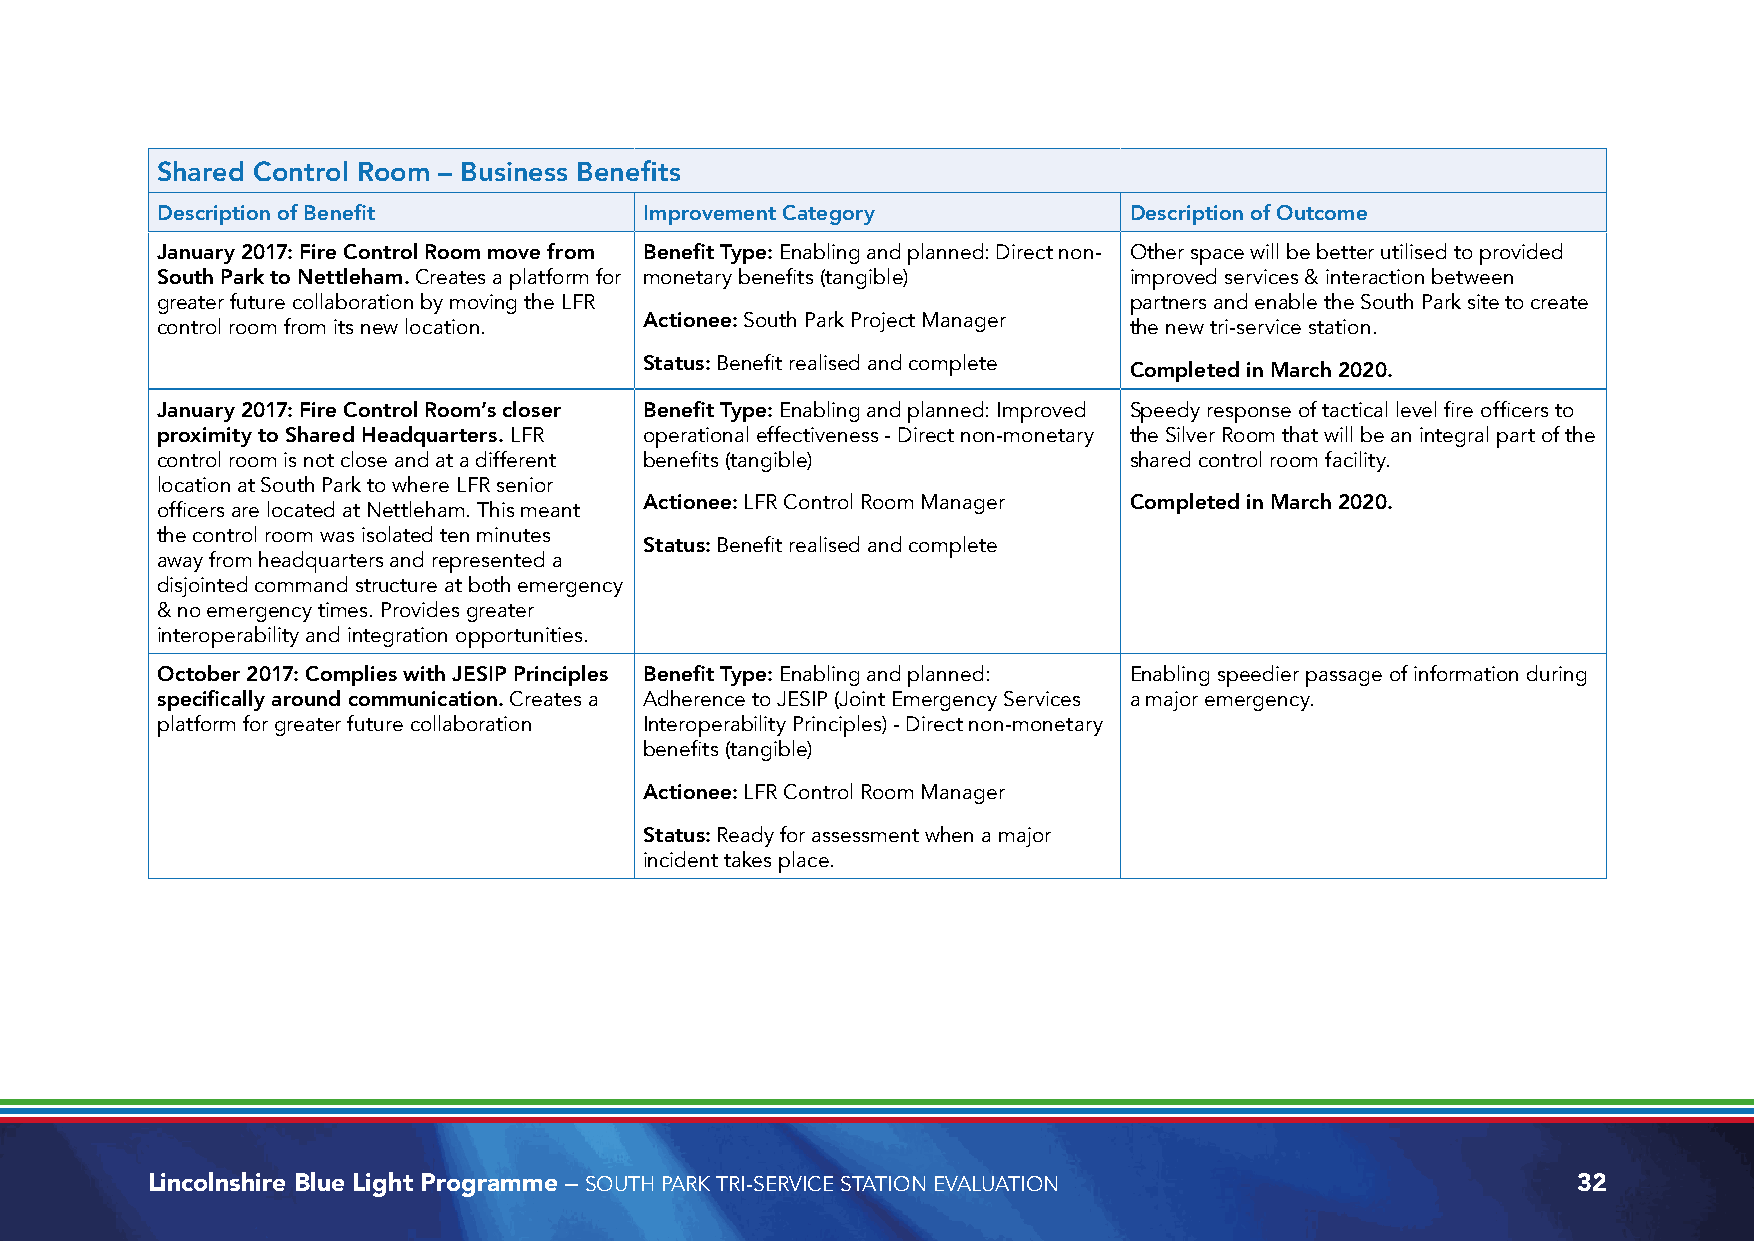
Shared Control Room – Business Benefits
 Description of Benefit           Improvement Category            Description of Outcome
 January 2017: Fire Control Room move from Benefit Type: Enabling and planned: Direct non- Other space will be better utilised to provided
 South Park to Nettleham. Creates a platform for monetary benefits (tangible) improved services & interaction between
 greater future collaboration by moving the LFR                   partners and enable the South Park site to create
 Actionee: South Park Project Manager
 control room from its new location.                              the new tri-service station.
 Status: Benefit realised and complete
 Completed in March 2020.
 January 2017: Fire Control Room’s closer Benefit Type: Enabling and planned: Improved Speedy response of tactical level fire officers to
 proximity to Shared Headquarters. LFR operational effectiveness - Direct non-monetary the Silver Room that will be an integral part of the
 control room is not close and at a different benefits (tangible) shared control room facility.
 location at South Park to where LFR senior
 Actionee: LFR Control Room Manager Completed in March 2020.
 officers are located at Nettleham. This meant
 the control room was isolated ten minutes
 Status: Benefit realised and complete
 away from headquarters and represented a
 disjointed command structure at both emergency
 & no emergency times. Provides greater
 interoperability and integration opportunities.
 October 2017: Complies with JESIP Principles Benefit Type: Enabling and planned: Enabling speedier passage of information during
 specifically around communication. Creates a Adherence to JESIP (Joint Emergency Services a major emergency.
 platform for greater future collaboration Interoperability Principles) - Direct non-monetary
 benefits (tangible)
 Actionee: LFR Control Room Manager
 Status: Ready for assessment when a major
 incident takes place.
 Lincolnshire Blue Light Programme – SOUTH PARK TRI-SERVICE STATION EVALUATION                 32